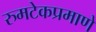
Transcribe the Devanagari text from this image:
रुमटेकप्रमाणे